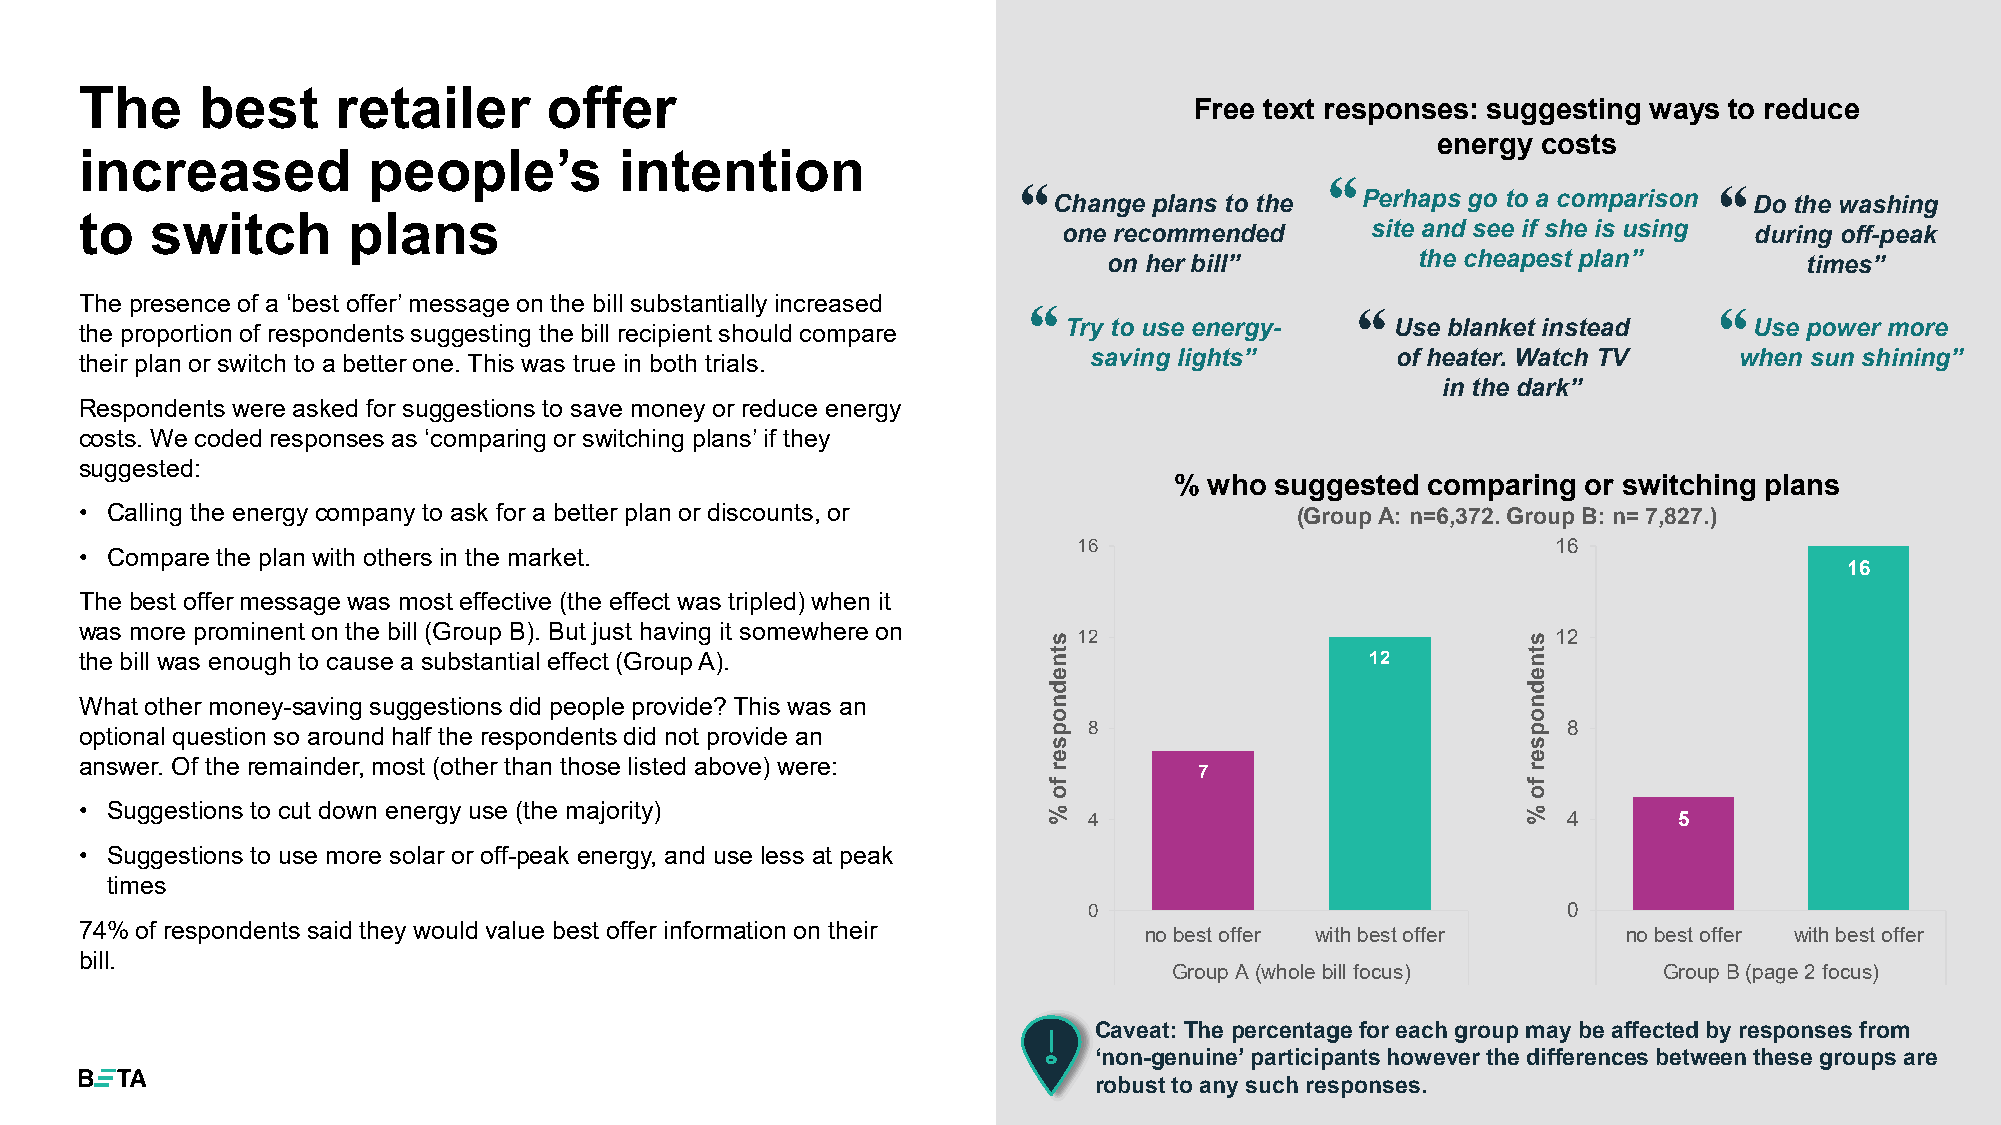
The     best     retailer      offer
 Free text responses: suggesting ways to reduce
 energy costs
 increased          people’s         intention
 “
 “                                             “
 Change plans to the Perhaps go to a comparison Do the washing
 to   switch       plans                                          one recommended      site and see if she is using during off-peak
 on her bill”         the cheapest plan”        times”
 The presence of a ‘best offer’ message on the bill substantially increased “        “                       “
 the proportion of respondents suggesting the bill recipient should compare Try to use energy- Use blanket instead Use power more
 their plan or switch to a better one. This was true in both trials. saving lights”     of heater. Watch TV    when sun shining”
 in the dark”
 Respondents were asked for suggestions to save money or reduce energy
 costs. We coded responses as ‘comparing or switching plans’ if they
 suggested:
 % who suggested comparing  or switching plans
 • Calling the energy company to ask for a better plan or discounts, or           (Group A: n=6,372. Group B: n= 7,827.)
 16                              16
 • Compare the plan with others in the market.
 16
 The best offer message was most effective (the effect was tripled) when it
 was more prominent on the bill (Group B). But just having it somewhere on
 12                              12
 the bill was enough to cause a substantial effect (Group A).                          12
 What other money-saving suggestions did people provide? This was an
 optional question so around half the respondents did not provide an 8                              8
 answer. Of the remainder, most (other than those listed above) were:
 7
 • Suggestions to cut down energy use (the majority)
 4                               4      5
 • Suggestions to use more solar or off-peak energy, and use less at peak
 times
 0                               0
 74% of respondents said they would value best offer information on their no best offer with best offer no best offer with best offer
 bill.
 Group A (whole bill focus)      Group B (page 2 focus)
 Caveat: The percentage for each group may be affected by responses from
 ‘non-genuine’ participants however the differences between these groups are
 robust to any such responses.
 stnednopser
 fo
 %
 stnednopser
 fo
 %